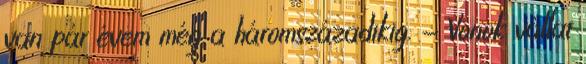
van pár évem még a háromszázadikig. - Vonok vállat